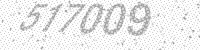
Solution: 517009